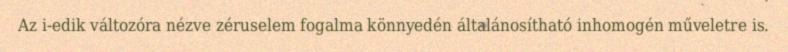
Az i-edik változóra nézve zéruselem fogalma könnyedén általánosítható inhomogén műveletre is.